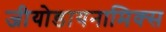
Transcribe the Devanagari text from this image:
जीयोडायनामिक्स